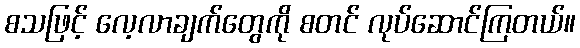
စသဖြင့် လေ့လာချက်တွေကို စတင် လုပ်ဆောင်ကြတယ်။